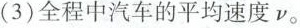
(3)全程中汽车的平均速度v。